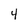
Character: 4